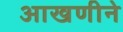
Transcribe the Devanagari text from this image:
आखणीने